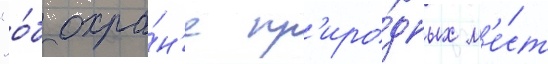
"о́б охра́н'е пр'иро́дных м'е́ст